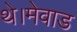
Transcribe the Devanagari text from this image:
थे।मेवाड